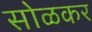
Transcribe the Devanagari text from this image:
सोळकर